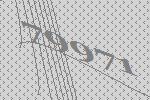
79971